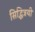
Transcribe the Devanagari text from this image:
सिद्धित्रयी